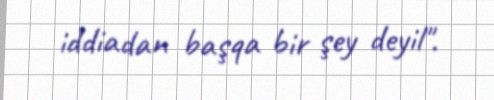
iddiadan başqa bir şey deyil".